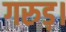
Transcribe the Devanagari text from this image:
गरुड़।